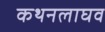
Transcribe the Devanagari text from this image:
कथनलाघव